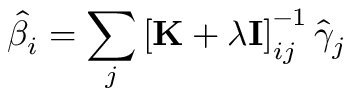
\hat { \beta } _ { i } = \sum _ { j } \left[ \mathbf { K } + \lambda \mathbf { I } \right] _ { i j } ^ { - 1 } \hat { \gamma } _ { j }